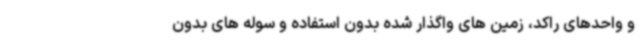
و واحدهای راکد، زمین های واگذار شده بدون استفاده و سوله های بدون